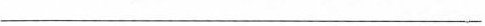
___